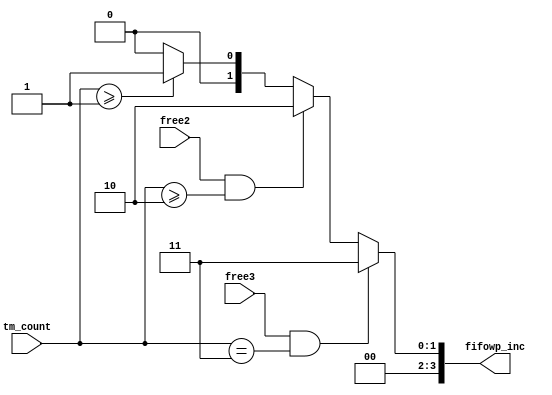
module SOC_NIOS_II_nios2_oci_fifowp_inc (
                                           free2,
                                           free3,
                                           tm_count,
                                           fifowp_inc
                                        )
;
  output  [  3: 0] fifowp_inc;
  input            free2;
  input            free3;
  input   [  1: 0] tm_count;
  reg     [  3: 0] fifowp_inc;
  always @(free2 or free3 or tm_count)
    begin
      if (free3 & (tm_count == 3))
          fifowp_inc = 3;
      else if (free2 & (tm_count >= 2))
          fifowp_inc = 2;
      else if (tm_count >= 1)
          fifowp_inc = 1;
      else 
        fifowp_inc = 0;
    end
endmodule